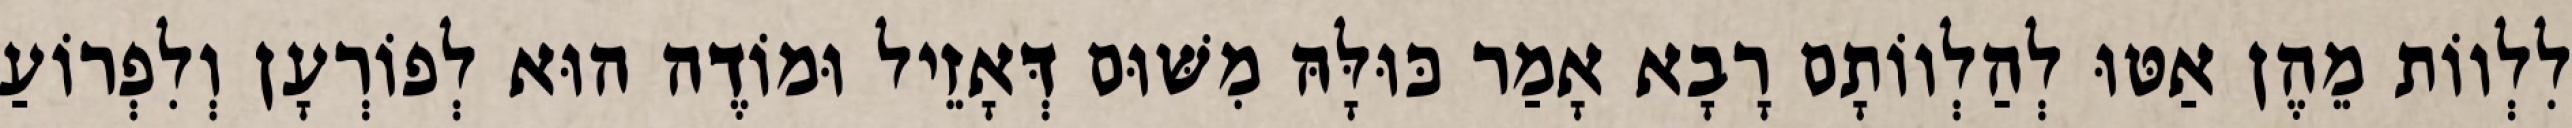
לִלְווֹת מֵהֶן אַטּוּ לְהַלְווֹתָם רָבָא אָמַר כּוּלָּהּ מִשּׁוּם דְּאָזֵיל וּמוֹדֶה הוּא לְפוֹרְעָן וְלִפְרוֹעַ